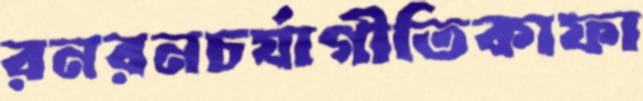
রনরনচর্যাগীতিকাফা